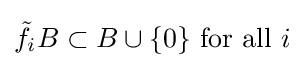
{\tilde {f}}_{i}B\subset B\cup \{0\}{\text{ for all }}i